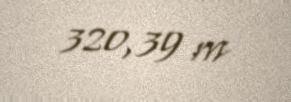
320,39 m